Vaccine operations Central Provinces 1900-1911 - 1900-1911
Year: 1900
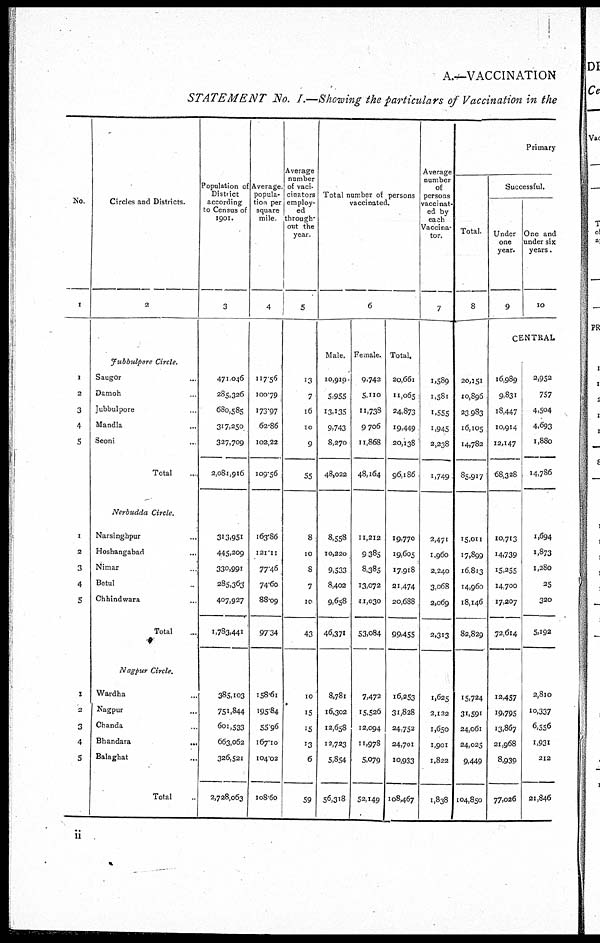
A.—VACCINATION
STATEMENT No. I.—Showing the particulars of Vaccination in the
No.
1
1
2
3
4
5
1
2
3
4
5
1
2
3
4
5
Circles and Districts.
2
Jubbulpore
Circle.
Saugor ...
Damoh ...
Jubbulpore ...
Mandla ...
Seoni ...
Total
...
Nerbudda
Circle.
Narsinghpur ...
Hoshangabad ...
Nimar ...
Betul ...
Chhindwara ...
Total ...
Nagpur
Circle.
Wardha ...
Nagpur ...
Chanda ...
Bhandara
...
Balaghat ...
Total ...
Population of
District
according
to Census of
1901.
3
471,046
285,326
680,585
317,250
327,709
2,081,916
313,951
445,209
330,991
285,363
407,927
1,783,441
385,103
751,844
601,533
663,062
326,521
2,728,063
Average
popula-
tion per
square
mile.
4
117.56
100.79
173.97
62.86
102.22
109.56
163.86
121.11
77.46
74.60
88.09
97.34
158.61
195.84
55.96
167.10
104.02
108.60
Average
number
of vac-
cinators
employ-
ed
through-
out the
year.
5
13
7
16
10
9
55
8
10
8
7
10
43
10
15
15
13
6
59
Total number of persons
vaccinated.
6
Male.
10,919
5,955
13,135
9,743
8,270
48,022
8,558
10,220
9,533
8,402
9,658
46,371
8,781
16,302
12,658
12,723
5,854
56,318
Female.
9,742
5,110
11,738
9,706
11,868
48,164
11,212
9,385
8,385
13,072
11,030
53,084
7,472
15,526
12,094
11,978
5,079
52,149
Total.
20,661
11,065
24,873
19,449
20,138
96,186
19,770
19,605
17,918
31,474
20,688
99,455
16,253
31,828
24,752
24,701
10,933
108,467
Average
number
of
persons
Vaccinat-
ed by
each
Vaccina-
tor.
7
1,589
1,581
1,555
1,945
2,238
1,749
2,471
1,960
2,240
3,068
2,069
2,313
1,625
2,122
1,650
1,901
1,822
1,838
Primary
Total.
8
20,151
10,896
23,983
16,105
14,782
85,917
15,011
17,899
16,813
14,960
18,146
82,829
15,724
31,591
24,061
24,025
9,449
104,850
Successful.
Under
one
1
year.
9
One and
under six
years.
10
CENTRAL
16,989
9,831
18,447
10,914
12,147
68,328
10,713
14,739
15,255
14,700
17,207
72,614
12,457
19,795
13,867
21,968
8,939
77,026
2,952
757
4,504
4,693
1,880
14,786
1,694
1,873
1,280
25
320
5,192
2,810
10,337
6,556
1,931
212
21,846
ii